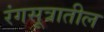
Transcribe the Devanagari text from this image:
रंगसूत्रातील